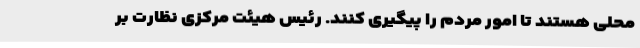
محلی هستند تا امور مردم را پیگیری کنند. رئیس هیئت مرکزی نظارت بر